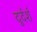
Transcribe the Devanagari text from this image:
दुर्दर्श